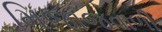
મિજાજવાળી